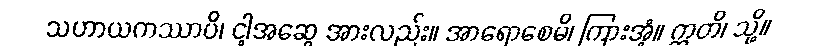
သဟာယကဿာပိ၊ ငါ့အဆွေ အားလည်း။ အာရောစေမိ၊ ကြားအံ့။ ဣတိ၊ သို့။